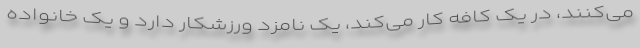
می‌کنند، در یک کافه کار می‌کند، یک نامزد ورزشکار دارد و یک خانواده